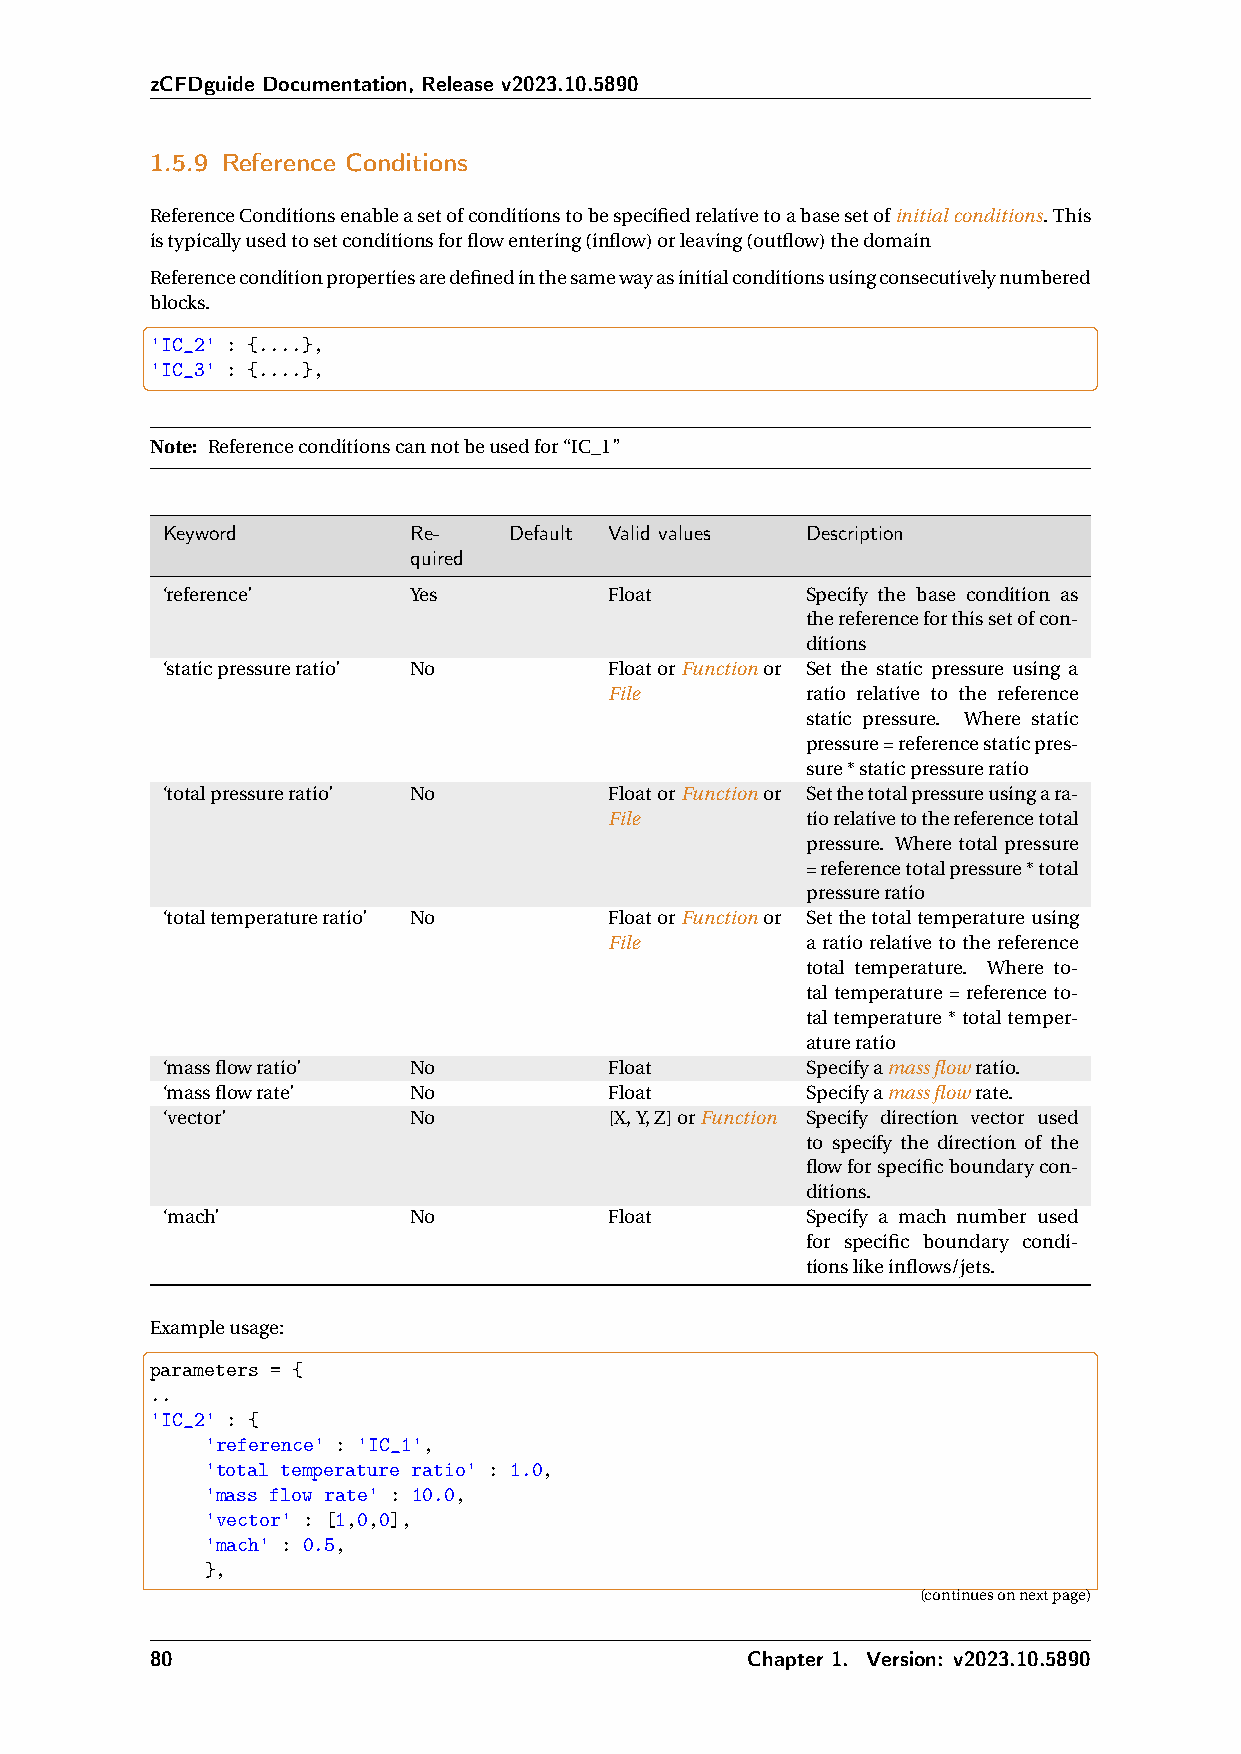
zCFDguide Documentation, Release v2023.10.5890
 1.5.9 Reference Conditions
 ReferenceConditionsenableasetofconditionstobespecifiedrelativetoabasesetofinitialconditions.This
 istypicallyusedtosetconditionsforflowentering(inflow)orleaving(outflow)thedomain
 Referenceconditionpropertiesaredefinedinthesamewayasinitialconditionsusingconsecutivelynumbered
 blocks.
 'IC_2' : {....},
 'IC_3' : {....},
 Note: Referenceconditionscannotbeusedfor“IC_1”
 Keyword         Re-    Default Valid values Description
 quired
 ‘reference’     Yes          Float        Specify the base condition as
 thereferenceforthissetofcon-
 ditions
 ‘staticpressureratio’ No     FloatorFunctionor Set the static pressure using a
 File         ratio relative to the reference
 static pressure. Where static
 pressure=referencestaticpres-
 sure*staticpressureratio
 ‘totalpressureratio’ No      FloatorFunctionor Setthetotalpressureusingara-
 File         tiorelativetothereferencetotal
 pressure. Where total pressure
 =referencetotalpressure*total
 pressureratio
 ‘totaltemperatureratio’ No   FloatorFunctionor Setthetotaltemperatureusing
 File         a ratio relative to the reference
 total temperature. Where to-
 tal temperature = reference to-
 tal temperature * total temper-
 atureratio
 ‘massflowratio’ No           Float        Specifyamassflowratio.
 ‘massflowrate’  No           Float        Specifyamassflowrate.
 ‘vector’        No           [X,Y,Z]orFunction Specify direction vector used
 to specify the direction of the
 flowforspecificboundarycon-
 ditions.
 ‘mach’          No           Float        Specify a mach number used
 for specific boundary condi-
 tionslikeinflows/jets.
 Exampleusage:
 parameters = {
 ..
 'IC_2' : {
 'reference' : 'IC_1',
 'total temperature ratio' : 1.0,
 'mass flow rate' : 10.0,
 'vector' : [1,0,0],
 'mach' : 0.5,
 },
 (continuesonnextpage)
 80                                      Chapter 1. Version: v2023.10.5890